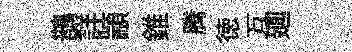
鵲詳顓錐腾徳互廽